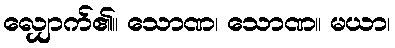
လျှောက်၏။ သောဏ၊ သောဏ။ မယာ၊